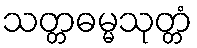
သတ္တဓမ္မသုတ္တံ